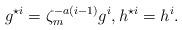
LaTeX: \begin{align*}g^{\star i}=\zeta_m^{-a(i-1)}g^i, h^{\star i}=h^i.\end{align*}